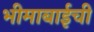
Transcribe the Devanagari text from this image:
भीमाबाईची